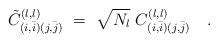
LaTeX: \begin{align*}{{\tilde C}_{( i, \bar i )( j,\bar j )} }^{( l, l )} \ = \ {\sqrt{N_l} \ C_{( i, \bar i )(j,\bar j )}^{( l, l )} }\quad . \end{align*}